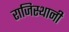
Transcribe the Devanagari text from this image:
राजिस्थानी